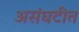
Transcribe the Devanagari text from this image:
असंघटीत